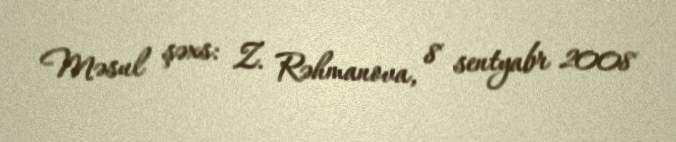
Məsul şəxs: Z. Rəhmanova, 8 sentyabr 2008